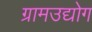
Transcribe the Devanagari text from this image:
ग्रामउद्योग